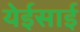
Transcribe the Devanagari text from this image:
येईसाई